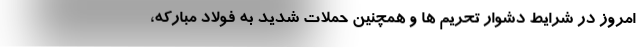
امروز در شرایط دشوار تحریم ها و همچنین حملات شدید به فولاد مبارکه،